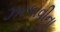
ઝરકાવીના